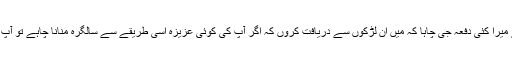
سوچ کی تبدیلی کا اندازہ لگانے کے لیے میرا کئی دفعہ جی چاہا کہ میں ان لڑکوں سے دریافت کروں کہ اگر آپ کی کوئی عزیزہ اسی طریقے سے سالگرہ منانا چاہے تو آپ کا ردِّ عمل کیاہوگالیکن ہمت نہ کر سکا۔